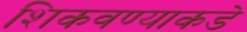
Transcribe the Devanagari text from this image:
शिकवण्याकडे